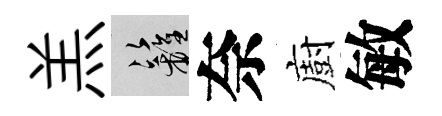
羔籬奈廚敏